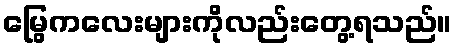
မြွေကလေးများကိုလည်းတွေ့ရသည်။